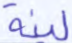
لينة